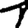
Digit: 1